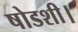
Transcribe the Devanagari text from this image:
षोडशी।